Report on the administration of the Government Cinchona Department 1892-98
Year: 1892
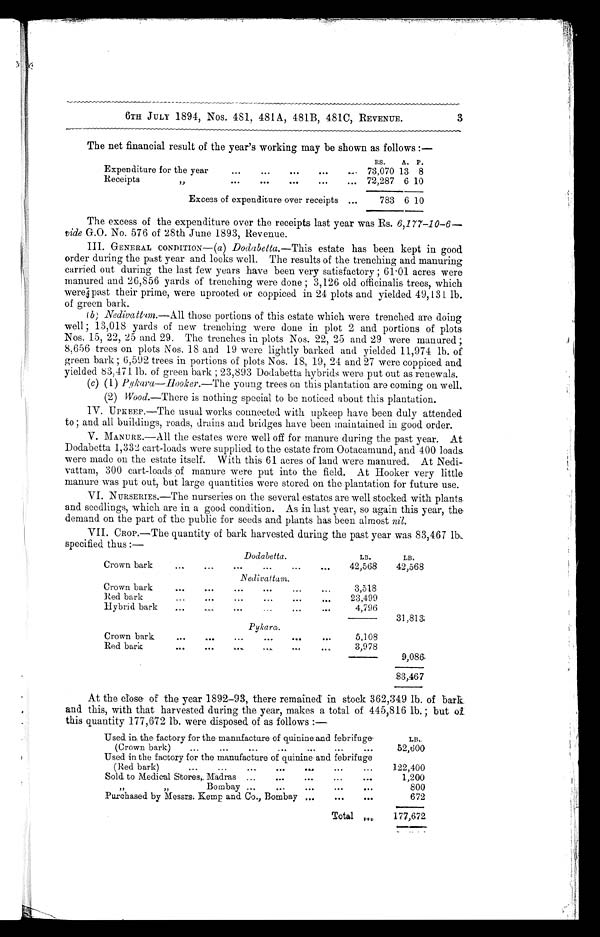
3
6TH JULY 1894, Nos. 481, 481A, 481B, 4810, REVENUE.
The net financial result of the year's working may be shown as follows:—
RS.
A. P.
Expenditure for the year
73,070 13 8
Receipts ,,
72,287 6 10
Excess of expenditure over receipts
783 6 10
The excess of the expenditure over the receipts last year was Rs. 6,177-10-6—
vide G.O. No. 576 of 28th June 1893, Revenue.
III. GENERAL CONDITION—( a ) Dodabetta.—This estate has been kept in good
order during the past year and looks well. The results of the trenching and manuring
carried out during the last few years have been very satisfactory; 61 . 01 acres were
manured and 26,856 yards of trenching were done; 3,126 old officinalis trees, which
were past their prime, were uprooted or coppiced in 24 plots and yielded 49,131 lb.
of green bark.
(b) Nedivattam.— All those portions of this estate which were trenched are doing
well; 13,018 yards of new trenching were done in plot 2 and portions of plots
Nos. 15, 22, 25 and 29. The trenches in plots Nos. 22, 25 and 29 were manured;
8,656 trees on plots Nos. 18 and 19 were lightly barked and yielded 11,974 lb. of
green bark; 6,592 trees in portions of plots Nos. 18, 19, 24 and 27 were coppiced and
yielded 83,471 lb. of green bark; 23,893 Dodabetta hybrids were put out as renewals.
(c) (1) Pykara—Hooker.—The young trees on this plantation are coming on well.
(2) Wood —There is nothing special to be noticed about this plantation.
IV. UPKEEP.—The usual works connected with upkeep have been duly attended
to; and all buildings, roads, drains and bridges have been maintained in good order.
V. MANURE.—All the estates were well off for manure during the past year. At
Dodabetta 1,332 cart-loads were supplied to the estate from Ootacamund, and 400 loads
were made on the estate itself. With this 61 acres of land were manured. At Nedi
-
vattam, 300 cart-loads of manure were put into the field. At Hooker very little
manure was put out, but large quantities were stored on the plantation for future use.
VI. NURSERIES.—The nurseries on the several estates. are well stocked with plants.
and seedlings, which are in a good condition. As in last year, so again this year, the
demand on the part of the public for seeds and plants has been almost nil.
VII. CROP.—The quantity of bark harvested during the past year was 83,467 lb,
specified thus:—
Dodabetta.
LB.
LB.
Crown bark..
42,568
42,568
Nedivattam.
Crown bark
3,518
Red bark
23,499
H ybrid bark
4,796
31,813;
Pykara..
Crown bark
5,108
Red bark
3,978
9,086
83,467
At the close of the year 1892-93, there remained in stock 362,349 lb. of bark
and this, with that harvested during the year, makes a total of 445,816 lb.; but of
this quantity 177,672 lb. were disposed of as follows:—
Used, in the factory for the manufacture of quinine and febrifuge'
(Crown bark)
LB.
52,600
Used in the factory for the manufacture of quinine and febrifuge
(Red bark)
122,400
Sold to Medical Stores, Madras.
1,200
Bombay
800
Purchased by Messrs. Kemp and Co., Bombay
672
Tota
177,672